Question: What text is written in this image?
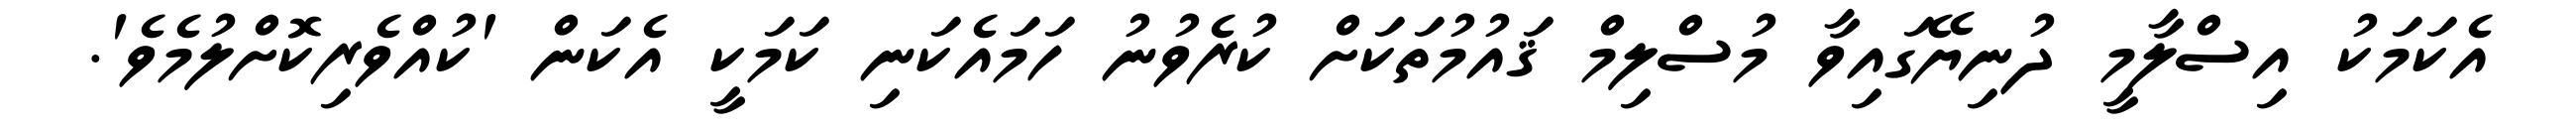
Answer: އެކަމަކު އިސްލާމީ ދުނިޔޭގައިވާ މުސްލިމް ޤައުމުތަކަށް ކުރެވުނު ހަމައެކަނި ކަމަކީ އެކަން 'ކުއްވެރިކޮށްލުމެވެ'.